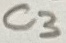
Text: C3